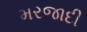
મરજાદી